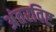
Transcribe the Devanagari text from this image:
अंतरविष्ट